Report on horse surra - Volume II, Part I
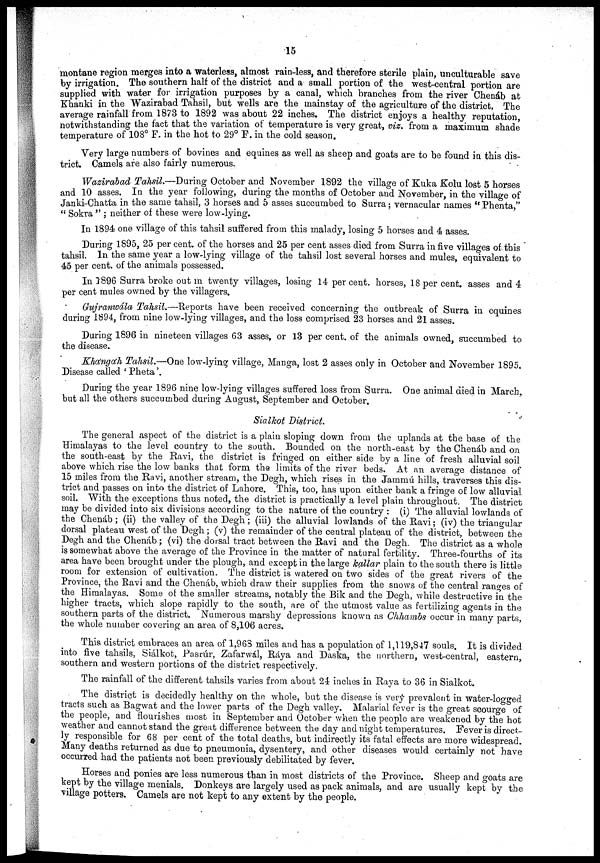
15
montane region merges into a waterless, almost rain-less, and therefore sterile plain, unculturable save
by irrigation. The southern half of the district and a small portion of the west-central portion are
supplied with water for irrigation purposes by a canal, which branches from the river Chenáb at
Khanki in the Wazirabad Tahsil, but wells are the mainstay of the agriculture of the district. The
average rainfall from 1873 to 1892 was about 22 inches. The district enjoys a healthy reputation,
notwithstanding the fact that the variation of temperature is very great, viz. from a maximum shade
temperature of 108° F. in the hot to 29° F. in the cold season.
Very large numbers of bovines and equines as well as sheep and goats are to be found in this dis-
trict. Camels are also fairly numerous.
Wazirabad Tahsil.—During October and November 1892 the village of Kuka Kolu lost 5 horses
and 10 asses. In the year following, during the months of October and November, in the village of
Janki-Chatta in the same tahsil, 3 horses and 5 asses succumbed to Surra; vernacular names "Phenta,"
" Sokra " ; neither of these were low-lying.
In 1894 one village of this tahsil suffered from this malady, losing 5 horses and 4 asses.
During 1895, 25 per cent. of the horses and 25 per cent asses died from Surra in five villages of this
tahsil. In the same year a low-lying village of the tahsil lost several horses and mules, equivalent to
45 per cent. of the animals possessed.
In 1896 Surra broke out in twenty villages, losing 14 per cent. horses, 18 per cent. asses and 4
per cent mules owned by the villagers.
Gujranwála Tahsil.—Reports
have been received concerning the outbreak of Surra in equines
during 1894, from nine low-lying villages, and the loss comprised 23 horses and 21 asses.
During 1896 in nineteen villages 63 asses, or 13 per cent. of the animals owned, succumbed to
the disease.
Kha'nga'h Tahsil.—One low-lying village, Manga, lost 2 asses only in October and November 1895.
Disease called ' Pheta'.
During the year 1896 nine low-lying villages suffered loss from Surra. One animal died in March,
but all the others succumbed during August, September and October.
Sialkot District.
The general aspect of the district is a plain sloping down from the uplands at the base of the
Himalayas to the level country to the south. Bounded on the north-east by the Chenáb and on
the south-east by the Ravi, the district is fringed on either side by a line of fresh alluvial soil
above which rise the low banks that form the limits of the river beds. At an average distance of
15 miles from the Ravi, another stream, the Degh, which rises in the Jammú hills, traverses this dis-
trict and passes on into the district of Lahore. This, too, has upon either bank a fringe of low alluvial
soil. With the exceptions thus noted, the district is practically a level plain throughout. The district
may be divided into six divisions according to the nature of the country : (i) The alluvial lowlands of
the Chenáb ; (ii) the valley of the Degh ; (iii) the alluvial lowlands of the Ravi ; (iv) the triangular
dorsal plateau west of the Degh ; (v) the remainder of the central plateau of the district, between the
Degh and the Chenáb ; (vi) the dorsal tract between the Ravi and the Degh. The district as a whole
is somewhat above the average of the Province in the matter of natural fertility. Three-fourths of its
area have been brought under the plough, and except in the large kallar plain to the south there is little
room for extension of cultivation. The district is watered on two sides of the great rivers of the
Province, the Ravi and the Chenáb, which draw their supplies from the snows of the central ranges of
the Himalayas. Some of the smaller streams, notably the Bik and the Degh, while destructive in the
higher tracts, which slope rapidly to the south, are of the utmost value as fertilizing agents in the
southern parts of the district. Numerous marshy depressions known as Chhambs occur in many parts,
the whole number covering an area of 8,106 acres.
This district embraces an area of 1,968 miles and has a population of 1,119,847 souls. It is divided
into five tahsils, Siálkot, Pasrúr, Zafarwál, Ráya and Daska, the northern, west-central, eastern,
southern and western portions of the district respectively.
The rainfall of the different tahsils varies from about 24 inches in Raya to 36 in Sialkot.
The district is decidedly healthy on the whole, but the disease is very prevalent in water-logged
tracts such as Bagwat and the lower parts of the Degh valley. Malarial fever is the great scourge of
the people, and flourishes most in September and October when the people are weakened by the hot
weather and cannot stand the great difference between the day and night temperatures. Fever is direct-
ly responsible for 68 per cent of the total deaths, but indirectly its fatal effects are more widespread.
Many deaths returned as due to pneumonia, dysentery, and other diseases would certainly not have
occurred had the patients not been previously debilitated by fever.
Horses and ponies are less numerous than in most districts of the Province. Sheep and goats are
kept by the village menials. Donkeys are largely used as pack animals, and are usually kept by the
village potters. Camels are not kept to any extent by the people.